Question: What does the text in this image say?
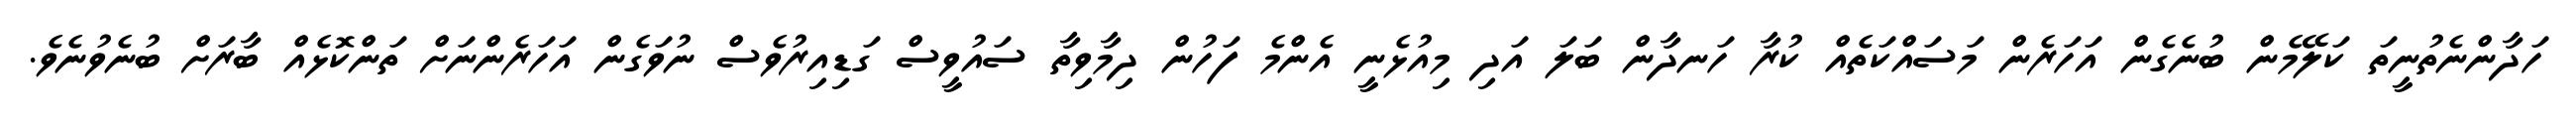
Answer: ހަދާންނެތުނީތަ ކަލޭމެން ބުނެގެން އަހަރެން މަސައްކަތެއް ކުރާ ހަނދާން ބަލަ އަދި މިއުޅެނީ އެންމެ ފަހުން ދިމާވިތާ ސައުވީސް ގަޑިއިރުވެސް ނުވަގެން އަހަރެންނަށް ތަންކޮޅެއް ބާރަށް ބުނެވުނެވެ.